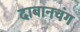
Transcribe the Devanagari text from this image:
दाबानचंग